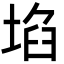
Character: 埳